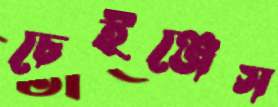
চেইঞ্জেস